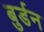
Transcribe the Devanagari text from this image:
बुर्डन